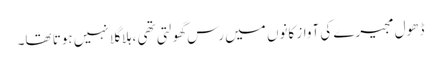
ڈھول مجیرے کی آواز کانوں میں رس گھولتی تھی ،ہلا گلا نہیں ہوتا تھا۔